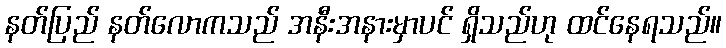
နတ်ပြည် နတ်လောကသည် အနီးအနားမှာပင် ရှိသည်ဟု ထင်နေရသည်။